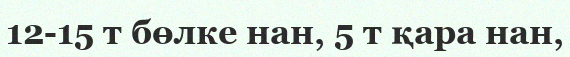
12-15 т бөлке нан, 5 т қара нан,